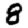
Digit: 8